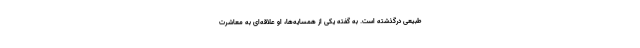
طبیعی درگذشته است. به گفته یکی از همسایه‌ها، او علاقه‌ای به معاشرت